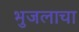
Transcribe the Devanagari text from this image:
भुजलाचा